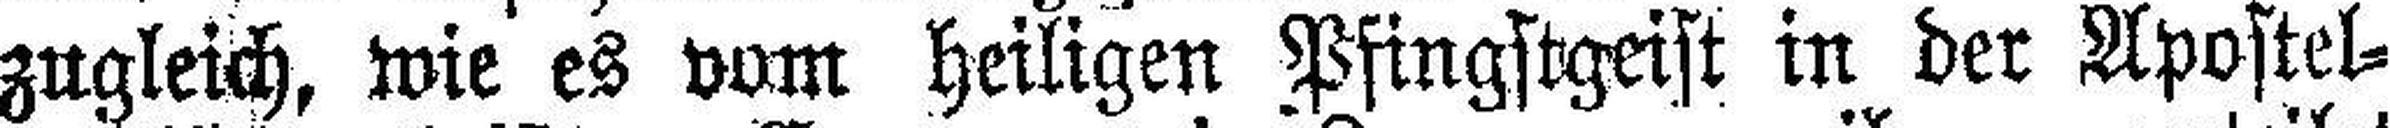
zugleich, wie es vom heiligen Pfingstgeist in der Apostel¬